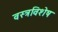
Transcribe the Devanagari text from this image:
वस्त्रविशेष